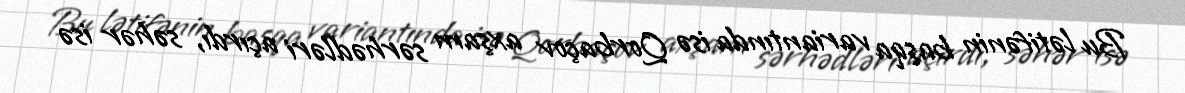
Bu lətifənin başqa variantında isə Qorbaçov axşam sərhədləri açırdı, səhər isə